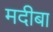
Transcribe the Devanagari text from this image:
मदीबा